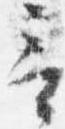
言